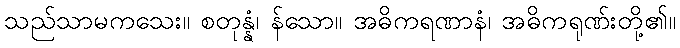
သည်သာမကသေး။ စတုန္နံ၊ န်သော။ အဓိကရဏာနံ၊ အဓိကရုဏ်းတို့၏။